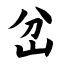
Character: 岔